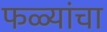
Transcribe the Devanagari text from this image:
फळ्यांचा